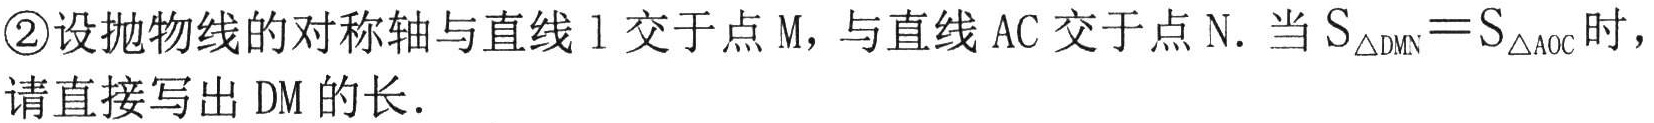
\textcircled{2}设抛物线的对称轴与直线$l$交于点$M$，与直线$AC$交于点$N$. 当$S_{\triangle DMN}=S_{\triangle AOC}$时，请直接写出$DM$的长.